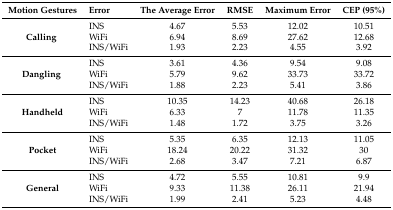
| Motion Gestures | Error | The Average Error | RMSE | Maximum Error | CEP (95%) |
 | --- | --- | --- | --- | --- | --- |
 | <ROWSPAN=3> Calling | INS | 4.67 | 5.53 | 12.02 | 10.51 |
 | WiFi | 6.94 | 8.69 | 27.62 | 12.68 |
 | INS/WiFi | 1.93 | 2.23 | 4.55 | 3.92 |
 | <ROWSPAN=3> Dangling | INS | 3.61 | 4.36 | 9.54 | 9.08 |
 | WiFi | 5.79 | 9.62 | 33.73 | 33.72 |
 | INS/WiFi | 1.88 | 2.23 | 5.41 | 3.86 |
 | <ROWSPAN=3> Handheld | INS | 10.35 | 14.23 | 40.68 | 26.18 |
 | WiFi | 6.33 | 7 | 11.78 | 11.35 |
 | INS/WiFi | 1.48 | 1.72 | 3.75 | 3.26 |
 | <ROWSPAN=3> Pocket | INS | 5.35 | 6.35 | 12.13 | 11.05 |
 | WiFi | 18.24 | 20.22 | 31.32 | 30 |
 | INS/WiFi | 2.68 | 3.47 | 7.21 | 6.87 |
 | <ROWSPAN=3> General | INS | 4.72 | 5.55 | 10.81 | 9.9 |
 | WiFi | 9.33 | 11.38 | 26.11 | 21.94 |
 | INS/WiFi | 1.99 | 2.41 | 5.23 | 4.48 |